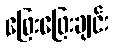
ဖြေးဖြေးချင်း